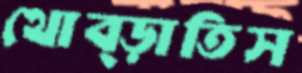
থোব্‌ড়াতিস